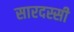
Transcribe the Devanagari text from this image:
सारदस्सी